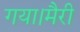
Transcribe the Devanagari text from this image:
गया।मैरी